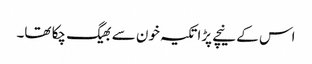
اس کے نیچے پڑا تکیہ خون سے بھیگ چکا تھا۔